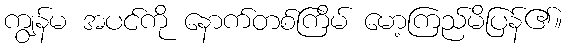
ကျွန်မ အပင်ကို နောက်တစ်ကြိမ် မော့ကြည်မိပြန်၏။